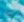
انه